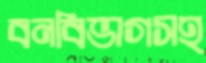
বনবিভাগসহ